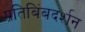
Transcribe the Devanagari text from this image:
प्रतिबिंबदर्शन